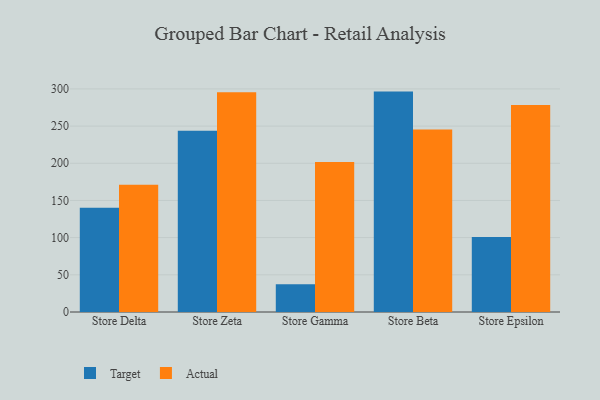
{"axis": {"x": "Store", "y": "Bounce Rate (%)"}, "legend": ["Actual", "Target"], "data": [{"x": "Store Delta", "y": 140.2, "type": "Target"}, {"x": "Store Delta", "y": 171.2, "type": "Actual"}, {"x": "Store Zeta", "y": 243.8, "type": "Target"}, {"x": "Store Zeta", "y": 295.6, "type": "Actual"}, {"x": "Store Gamma", "y": 37.2, "type": "Target"}, {"x": "Store Gamma", "y": 201.8, "type": "Actual"}, {"x": "Store Beta", "y": 296.4, "type": "Target"}, {"x": "Store Beta", "y": 245.5, "type": "Actual"}, {"x": "Store Epsilon", "y": 100.8, "type": "Target"}, {"x": "Store Epsilon", "y": 278.5, "type": "Actual"}]}